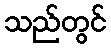
သည်တွင်